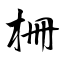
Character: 柵